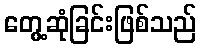
တွေ့ဆုံခြင်းဖြစ်သည်